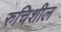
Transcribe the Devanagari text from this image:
रुचिशील